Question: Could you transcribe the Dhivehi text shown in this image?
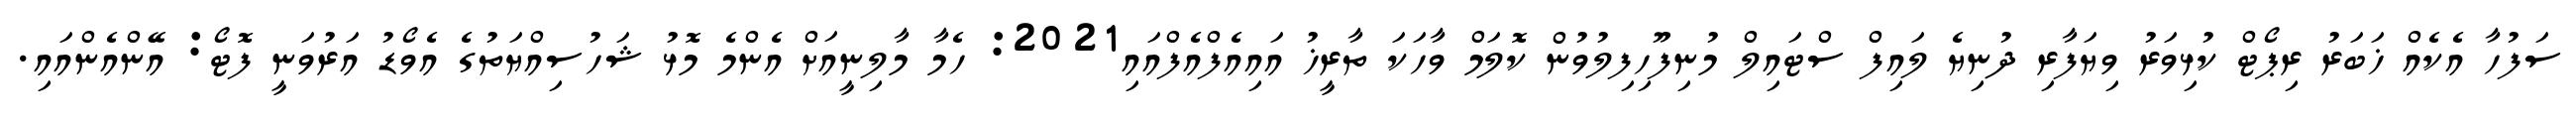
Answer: ސަފުހާ އެކެއް ޚަބަރު ރިޕޯޓް ކުޅިވަރު ވިޔަފާރި ދުނިޔެ ލައިފް ސްޓައިލް މުނިފޫހިފިލުވުން ކޮލަމް ވާހަކަ ތާރީޚު އައިއެފްއެފްއައި2021: ހެމާ މާލިނީއަށް އެންމެ މޮޅު ޝަހުސިއްޔަތުގެ އެވޯޑު އަރުވަނީ ފޮޓޯ: އޭންއެންއައި.